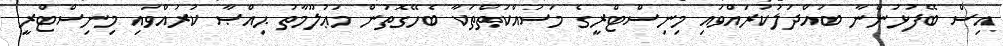
އިސް ބޭފުޅުންނާ ބައްދަލުކުރައްވައި މިނިސްޓްރީގެ މަސައްކަތްތަކާ ބެހޭގޮތުން މަޢުލޫމާތު ޙިއްޞާ ކުރައްވައި މިނިސްޓްރީ